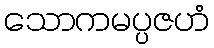
သောကမပ္ပဇဟံ